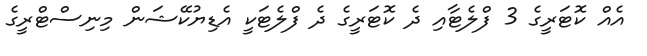
އެއް ކޮޓަރީގެ 3 ފްލެޓާއި ދެ ކޮޓަރީގެ ދެ ފްލެޓަކީ އެޑިޔުކޭޝަން މިނިސްޓްރީގެ